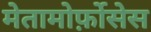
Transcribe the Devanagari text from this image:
मेतामोर्फ़ोसेस